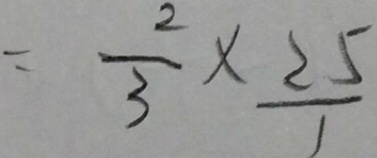
= \frac { 2 } { 3 } \times \frac { 2 5 } { 1 }